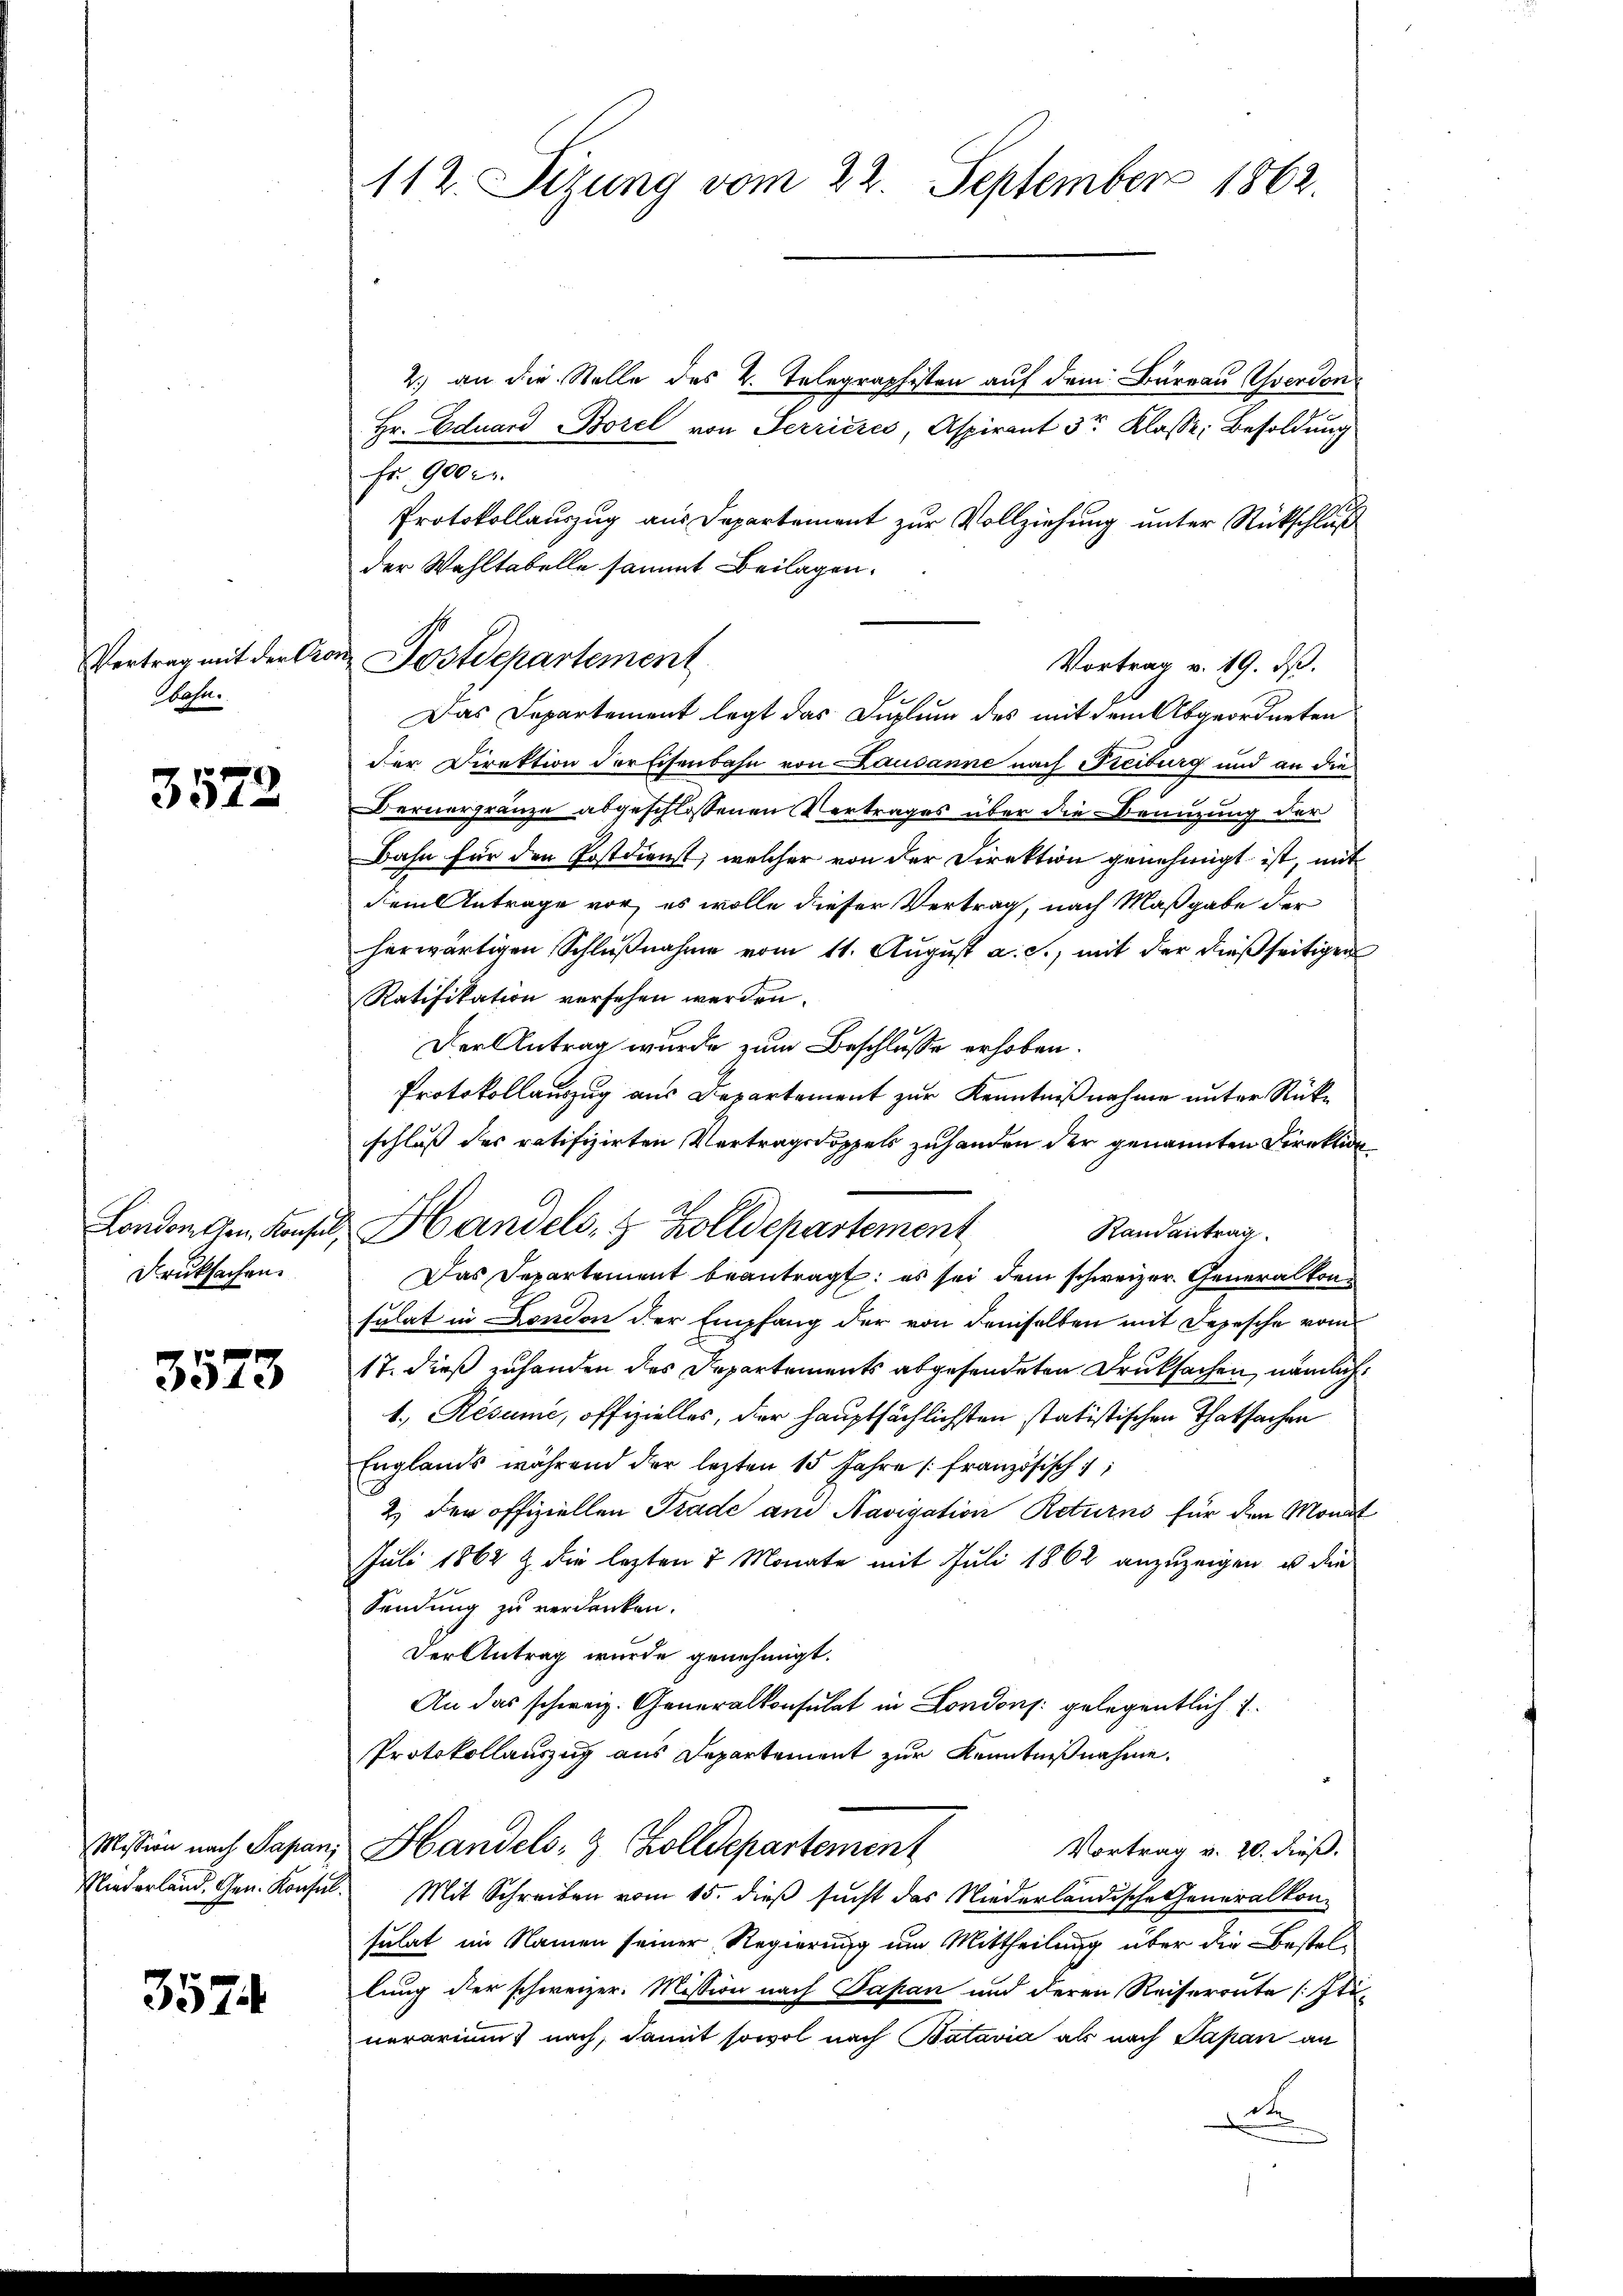
Vertrag mit der Con¬
Wahn.

3572

Druksachen.

3573

357

112. Sizung vom 22. September 1862.

2.) an die Stelle des 2. Telegraphisten auf dem Bureau verdon
Hr. Eduard Borel von Terrieres, Aspirant 3r Klasse, Besoldung
Fr. 900 r.
Protokollauszug aus Departement zur Vollziehung unter Rückschluß
der Wahltabelle sammt Beilagen.
Vortrag v. 19. ds.
Das Departement legt das Duplung des mit dem Abgeordneten
der Direktion der Eisenbahn von Lausanne nach Freiburg und an die
Dernergränze abgeschlossenen Vertrages über die Benuzung der
Bahn für den Postdienst, welcher von der Direktion genehmigt ist, mit
dem Antrage vor, es wolle dieser Vertrag, nach Maßgabe der
herwärtigen Schlußnahme vom 11. August a. c., mit der dießseitigen
Ratifikation versehen werden.
Der Antrag wurde zum Beschlusse erhoben.
Protokollauszug aus Departement zur Kenntnißnahme unter Rücke
schluß des ratifizirten Vertragsdoppels zuhanden der genannten Direktion
London am Konsul, Handels, 8 Zolldepartement
Randantrag
Das Departement beantragt: es sei dem schweizer. Generalkonsulat in London der Empfang der von demselben mit Depesche vom
17. dieß zuhanden des Departements abgesendeten Druksachen, nämlich
1. Resume, offizielles, der hauptsächlichsten statistischen Thatsachen
Englands während der lezten 15 Jahre französisch
2.) Der offiziellen Grade am Navigation Returns für den Mondt
Juli 1862 & die letzten 2 Monate mit Juli 1862 anzuzeigen u die
Sendung zu verdanken.
Der Antrag wurde genehmigt.
An das schweiz. Generalkonsulat in Londons gelegentlich
Protokollauszug aus Departement zur Kenntnißnahme.
Mission nach Papan, Handels- & Zolldepartement
Vortrag v. 20. dieß.
Niederland. Gen. Konsul. Mit Schreiben vom 15. dieß sucht das Niederländische Generalkon-
sulat im Namen seiner Regierung um Mittheilung über die Bestellung der schweizer. Mission nach Papan und deren Reisereute (Stinerarium nach, damit sowol nach Batavia als nach Papan an
et

Postdepartement